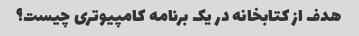
هدف از کتابخانه در یک برنامه کامپیوتری چیست؟